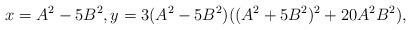
LaTeX: \begin{align*}x=A^{2}-5B^{2}, y= 3(A^{2}-5B^{2}) ( (A^{2}+5B^{2})^2 + 20A^2B^2),\end{align*}